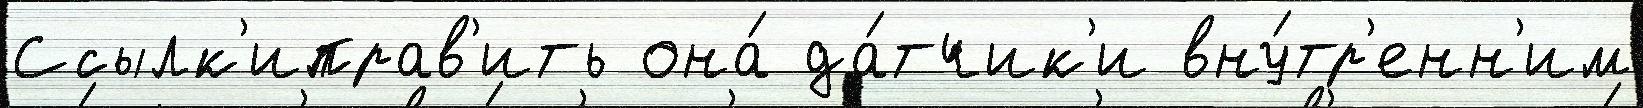
Ссылк'иправ'ить она́ да́тчик'и вну́тр'енн'им